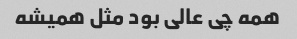
همه چی عالی بود مثل همیشه